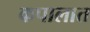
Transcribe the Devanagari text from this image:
कपालात